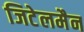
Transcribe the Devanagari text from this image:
जिटेलमैन